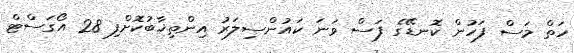
ހަތް މަސް ފަހުން ކޮނޑޭގެ ފަސް ވަނަ ކައުންސިލަރު އިންތިޚާބުކޮށްފި 28 އޯގަސްޓް